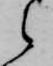
之